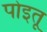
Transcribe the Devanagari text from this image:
पोइतू